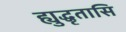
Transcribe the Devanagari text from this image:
ह्युद्धृतासि